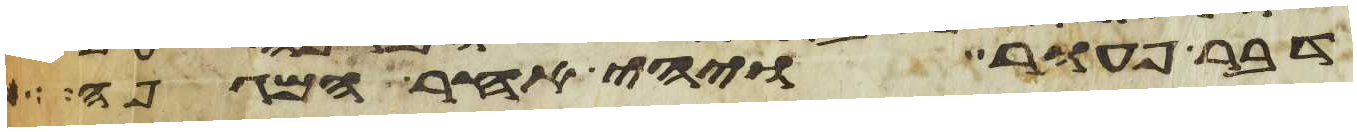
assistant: דבר פעור ויהי אחר המגפה